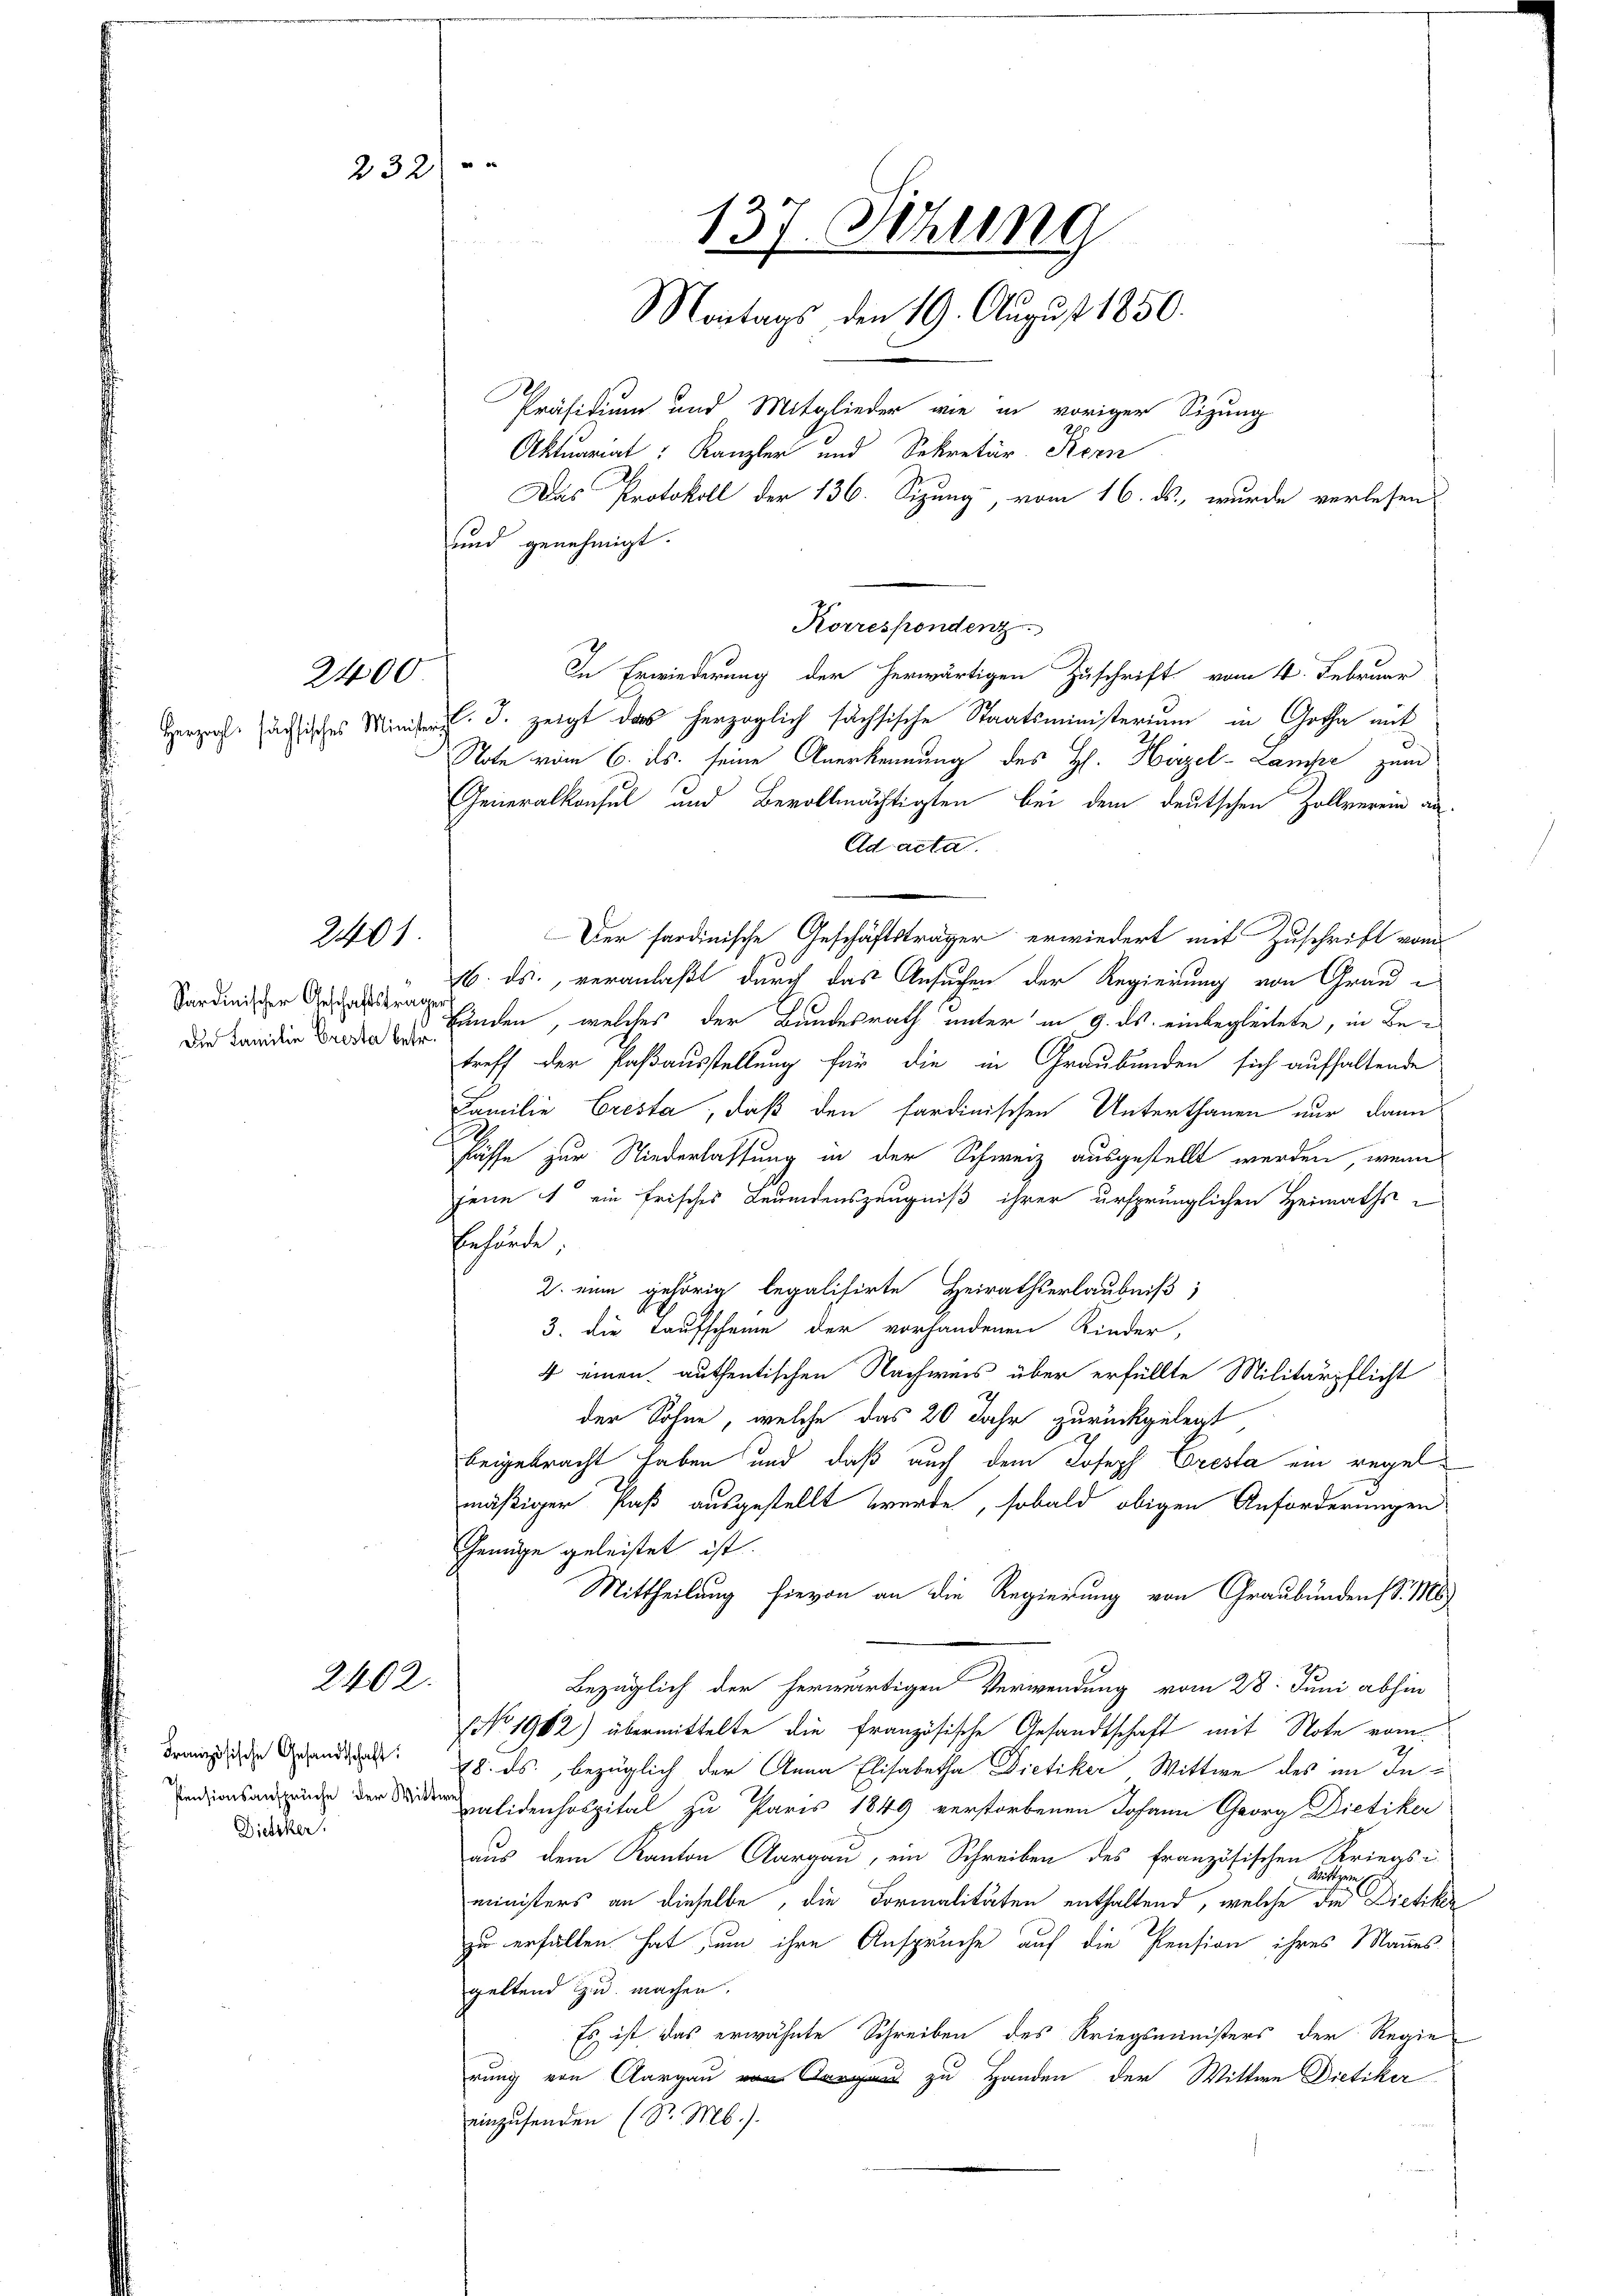
2400

2401.

Sardinischer Geschaftstrage
Die Familie Bresta betr.

2402.

Französische Gesandtschaft:
Dietiker.

232

und genehmigt.
Korrespondenz.
In Erwiederung der herwärtigen Zuschrift vom 4. Februar
Herzogs saisches Minister J. zeigt das herzoglich sächsische Staatsministerium in Gotha mit
Note vom 6. ds. seine Anerkennung des H. Hirzel-Lampe zum
Generalkonsul und Bevollmächtigten bei dem deutschen Zollverein an¬
Ad acta.
Der sardinische Geschäftsträger erwiedert mit Zuschrift vom
16. ds., veranlaßt durch das Ansuchen der Regierung von Grau-
fänden, welches der Bundesrath unter in 9. ds. einbegleitete, in Betreff der Paßausstellung für die in Graubünden sich aufhaltende
Familie Cresta, daß den sardinischen Unterthanen nur dann
De
sässe zur Niederlassung in der Schweiz ausgestellt werden, wenn
jene ein frisches Leumdenszeugniß ihrer ursprünglichen Heimaths-
Behörde;
2. eine gehörig legalisirte Heirathserlaubniß
3. die Kaufscheine der vorhandenen Kinder,
4 einen authentischen Nachweis über erfüllte Militärpflicht
der Sohne, welche das 20 Jahr zurückgelegt,
beigebracht haben und daß auch dem Joseph Cresta ein regelmäßiger Paß ausgestellt werde, sobald obigen Anforderungen
Genüge geleistet ist.
Mittheilung hievon an die Regierung von Graubündens. M
Bezüglich der herwärtigen Verwendung vom 28. Juni abhin
No 1902) übermittelte die französische Gesandtschaft mit Note vom
48. ds., bezüglich der Anna Elisabetha Dietiker Wittwe des im Inndionsangen der Sider alidenhospital zu Paris 1849 verstorbenen Johann Georg Dietiker
aus dem Kanton Aargau, ein Schreiben des französischen Kriegsc
litzen
ministers an dieselbe, die Formalitäten enthaltend, welche die Dietiker
zu erfällen hat um ihre Anspruche auf die Pension ihres Mannes
geltend zu machen.
Es ist das erwähnte Schreiben des Kriegsministers der Regie
rung von Aargau zu Handen der Wittwe Dietiker
einzusenden (S. M.).

137. Setzung
Montags den 19. August 1850.
Präsidium und Mitglieder wie in voriger Sitzung
Aktuariat: Kanzler und Sekretär Kern
Das Protokoll der 136. Sizung, vom 16. ds., wurde verlesen